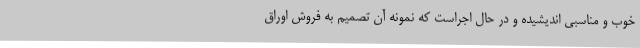
خوب و مناسبی اندیشیده و در حال اجراست که نمونه آن تصمیم به فروش اوراق